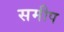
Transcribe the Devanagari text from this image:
समीप